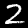
Digit: 2